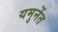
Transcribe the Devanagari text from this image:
यमुनेंत